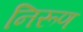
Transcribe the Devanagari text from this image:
निरूण